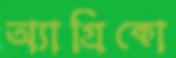
অ্যাগ্রিকো